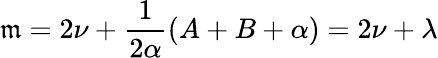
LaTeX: \mathfrak{m}=2\nu+\frac{{1}}{{2\alpha}}(A+B+\alpha)=2\nu+\lambda